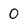
Character: 0